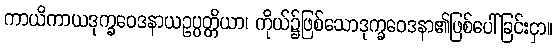
ကာယိကာယဒုက္ခဝေဒနာယဥပ္ပတ္တိယာ၊ ကိုယ်၌ဖြစ်သောဒုက္ခဝေဒနာ၏ဖြစ်ပေါ်ခြင်းငှာ။